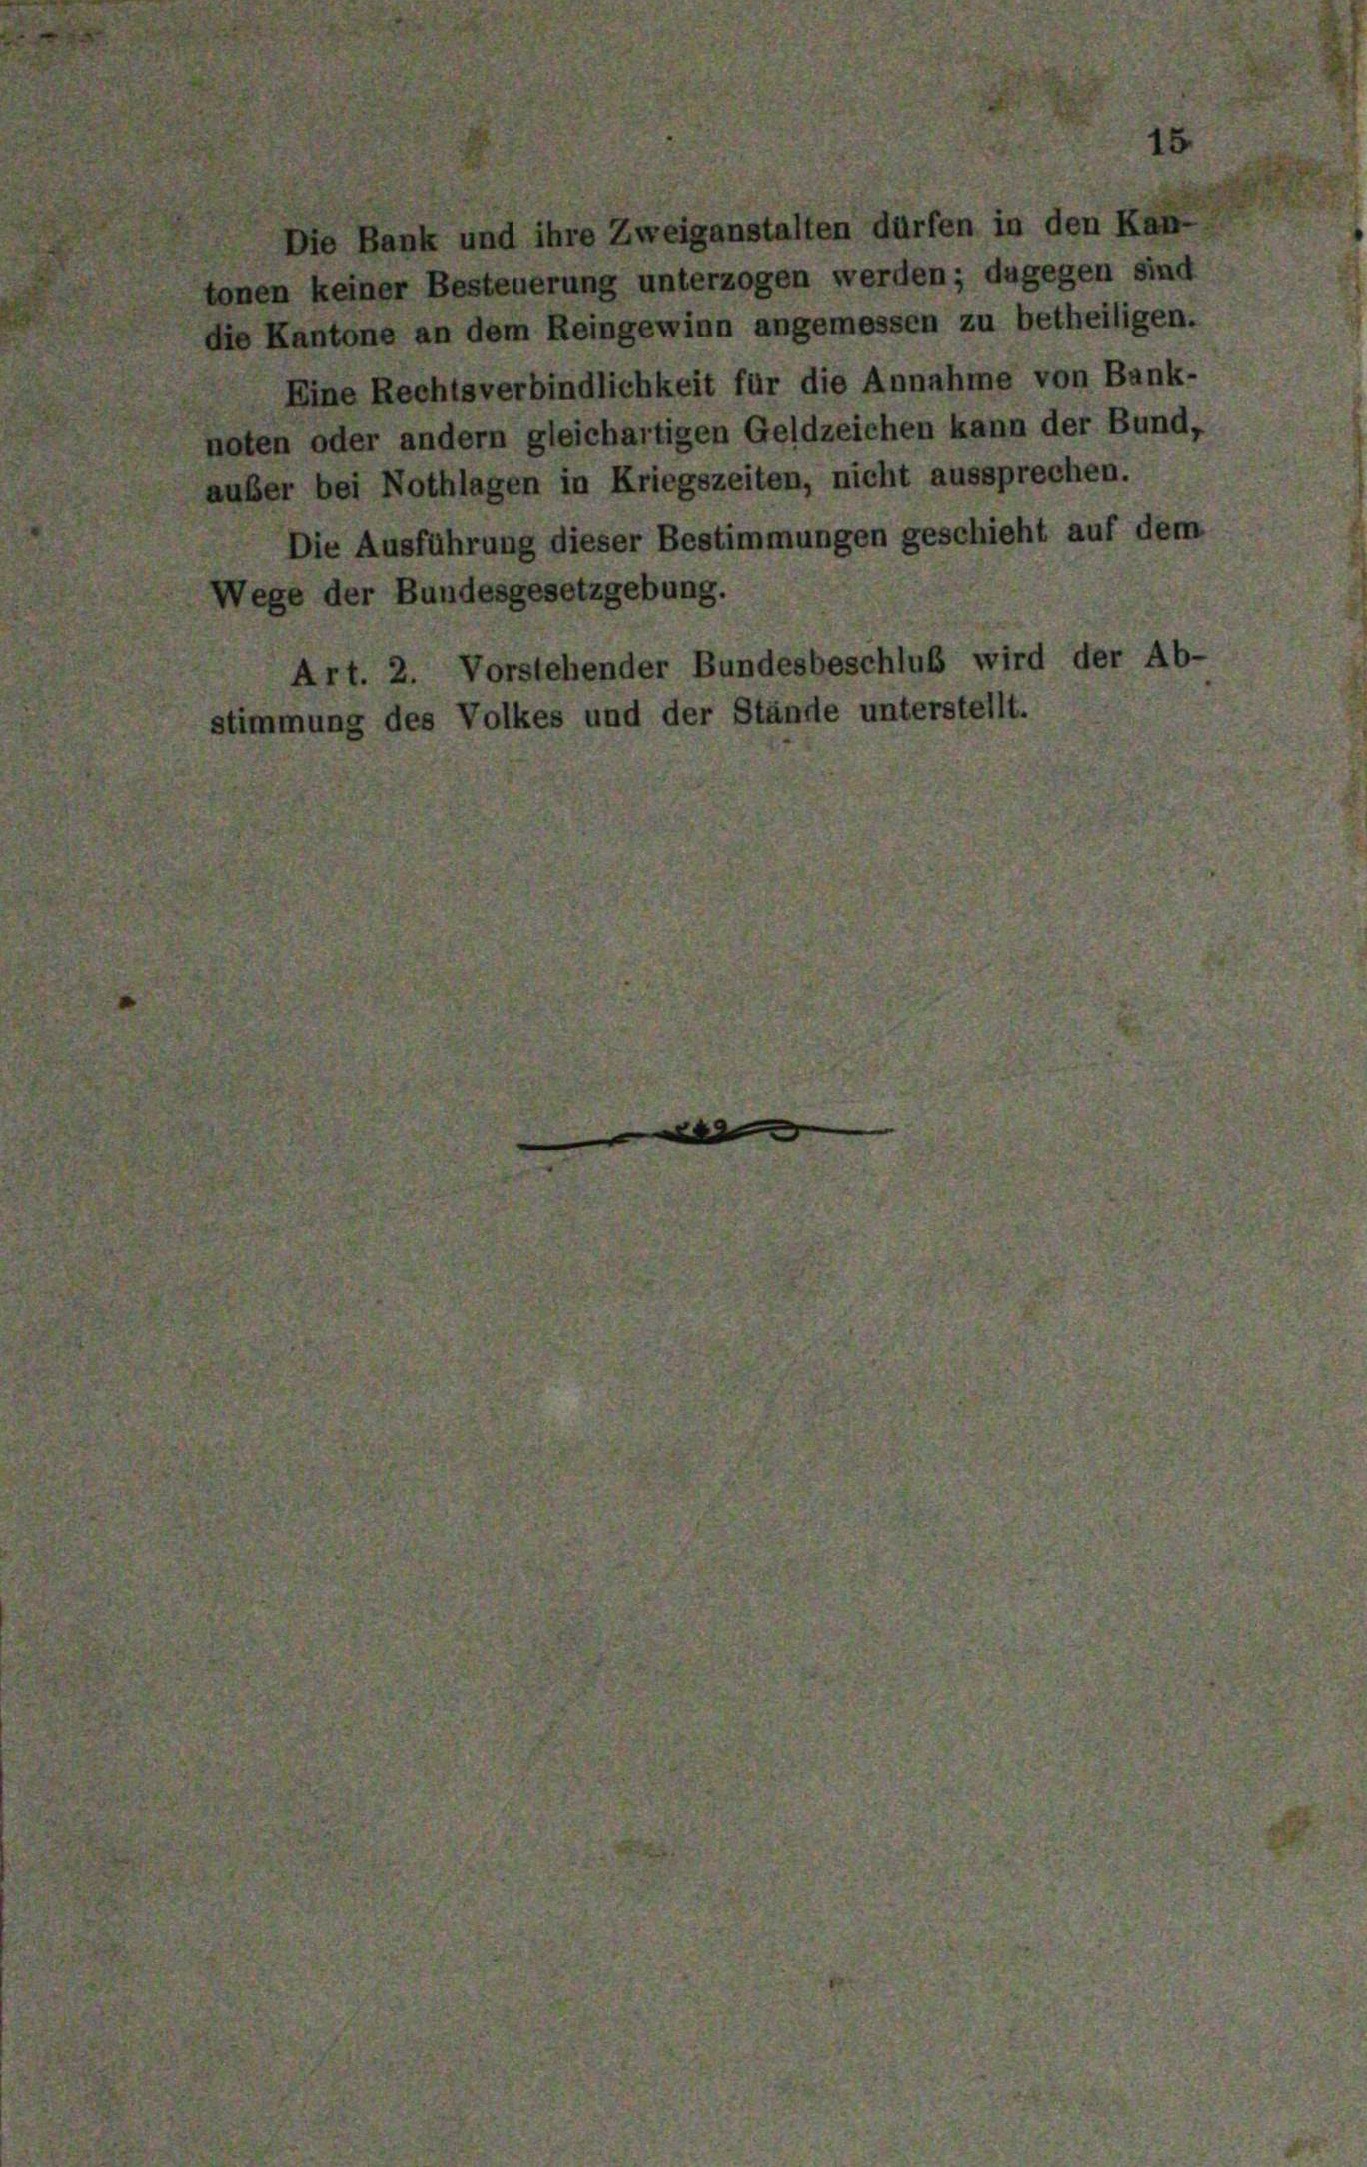
Die Bank und ihre Zweiganstalten dürfen in den Kan
tonen keiner Besteuerung unterzogen werden; dagegen sind
die Kantone an dem Reingewinn angemessen zu betheiligen.
Eine Rechtsverbindlichkeit für die Annahme von Bank-
noten oder andern gleichartigen Geldzeichen kann der Bund,
auber bei Nothlagen in Kriegszeiten, nicht aussprechen.
Die Ausführung dieser Bestimmungen geschieht auf dem
Vege der Bundesgesetzgebung.
Art. 2. Vorstehender Bundesbeschluß wird der 4
stimmung des Volkes und der Stände unterstellt.